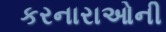
કરનારાઓની